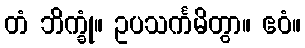
တံ ဘိက္ခုံ။ ဥပသင်္ကမိတွာ။ ဧဝံ။